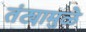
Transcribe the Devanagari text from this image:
तंट्यामुळे